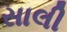
સાલી